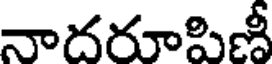
నాదరూపిణీ